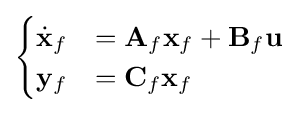
{\begin{cases}{\dot {\mathbf {x} }}_{f}&=\mathbf {A} _{f}\mathbf {x} _{f}+\mathbf {B} _{f}\mathbf {u} \\\mathbf {y} _{f}&=\mathbf {C} _{f}\mathbf {x} _{f}\end{cases}}